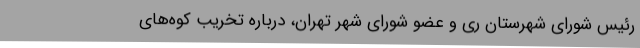
رئیس شورای شهرستان ری و عضو شورای شهر تهران، درباره تخریب کوه‌های